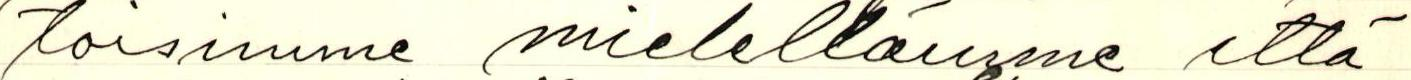
toisimme mielellämme että